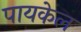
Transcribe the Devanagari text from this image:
पायकेल